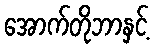
အောက်တိုဘာနှင့်